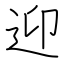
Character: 迎